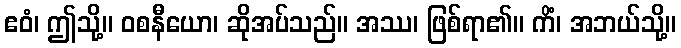
ဧဝံ၊ ဤသို့။ ဝစနီယော၊ ဆိုအပ်သည်။ အဿ၊ ဖြစ်ရာ၏။ ကိံ၊ အဘယ်သို့။